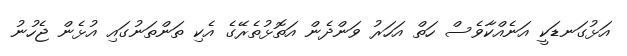
އަޅުގަނޑަކީ އަނެއްކާވެސް ހަތް އަހަރު ވަންދެން އަތޮޅުތެރޭގެ އެކި ތަންތަނުގައި އުޅެން ޖެހުނު